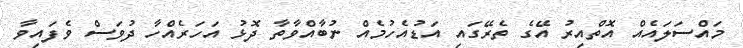
މައްސަލައެއް އޮތްއިރު އޭގެ ތެރޭގައި އަޑުއެހުމެއް ނުބާއްވާތާ ދޮޅު އަހަރެއްހާ ދުވަސް ވެފައިވާ